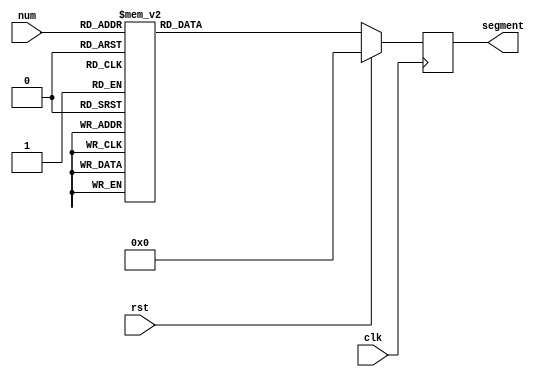
module segment (clk, rst, num, segment);

input [3:0]num;
input rst, clk;
output reg [6:0] segment;

reg [6:0] seg;

always@(*) begin
		case (num)
			4'd0: seg=7'b0000001;
			4'd1: seg=7'b1001111;
			4'd2: seg=7'b0010010;
			4'd3: seg=7'b0000110;
			4'd4: seg=7'b1001100;
			4'd5: seg=7'b0100100;
			4'd6: seg=7'b0100000;
			4'd7: seg=7'b0001111;
			4'd8: seg=7'b0000000;
			4'd9: seg=7'b0000100;
			default: seg=7'b0;
   		endcase
end

always@(posedge clk) begin
		if(rst) segment<=7'b0;
		else segment<=seg;
end

endmodule